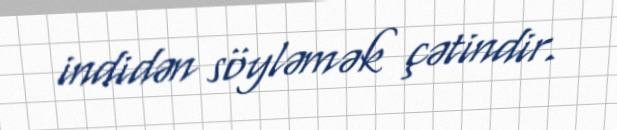
indidən söyləmək çətindir.